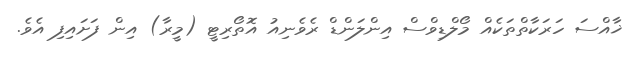
ޚާއްސަ ހަރަކާތްތަކެއް މޯލްޑިވްސް އިންލަންޑް ރެވެނިއު އޮތޯރިޓީ (މީރާ) އިން ފަށައިފި އެވެ.